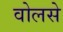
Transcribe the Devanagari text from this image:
वोलसे